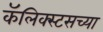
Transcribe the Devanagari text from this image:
कॅलिक्स्टसच्या